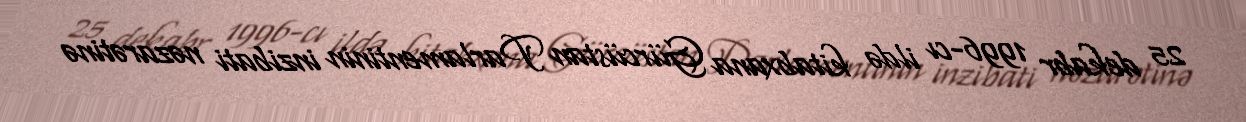
25 dekabr 1996-cı ildə kitabxana Gürcüstan Parlamentinin inzibati nəzarətinə